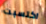
اكتسبت